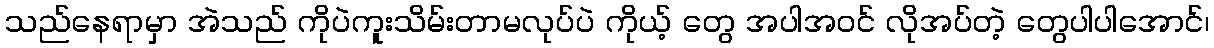
သည်နေရာမှာ အဲသည် ကိုပဲကူးသိမ်းတာမလုပ်ပဲ ကိုယ့် တွေ အပါအဝင် လိုအပ်တဲ့ တွေပါပါအောင်၊